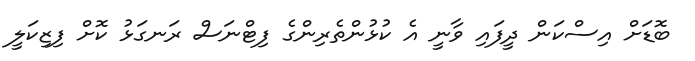
ބޮޑަށް އިސްކަން ދީފައި ވާނީ އެ ކުޅުންތެރިންގެ ފިޓްނަސް ރަނގަޅު ކޮށް ފިޒިކަލީ